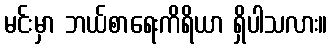
မင်းမှာ ဘယ်စာရေးကိရိယာ ရှိပါသလား။